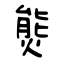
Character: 熋